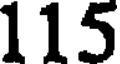
115